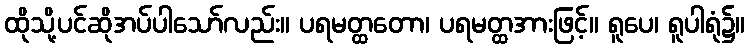
ထိုသို့ပင်ဆိုအပ်ပါသော်လည်း။ ပရမတ္ထတော၊ ပရမတ္ထအားဖြင့်။ ရူပေ၊ ရူပါရုံ၌။